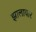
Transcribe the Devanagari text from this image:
झालावार